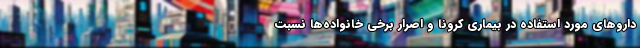
دارو‌های مورد استفاده در بیماری کرونا و اصرار برخی خانواده‌ها نسبت